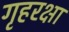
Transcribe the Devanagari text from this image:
गृहरक्षा